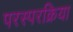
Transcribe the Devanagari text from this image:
परस्परक्रिया